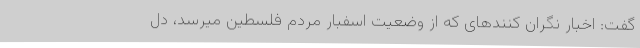
گفت: اخبار نگران کنندهای که از وضعیت اسفبار مردم فلسطین میرسد، دل